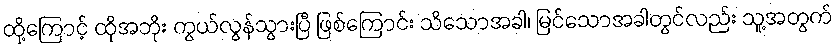
ထို့ကြောင့် ထိုအဘိုး ကွယ်လွန်သွားပြီ ဖြစ်ကြောင်း သိသောအခါ၊ မြင်သောအခါတွင်လည်း သူ့အတွက်